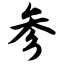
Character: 参